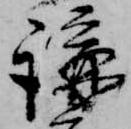
講